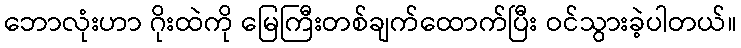
ဘောလုံးဟာ ဂိုးထဲကို မြေကြီးတစ်ချက်ထောက်ပြီး ဝင်သွားခဲ့ပါတယ်။